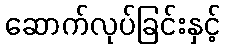
ဆောက်လုပ်ခြင်းနှင့်